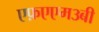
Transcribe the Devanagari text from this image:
एफ़एएम३बी